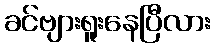
ခင်ဗျားရူးနေပြီလား